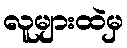
လူများထဲမှ